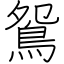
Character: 鴛